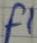
Text: F1